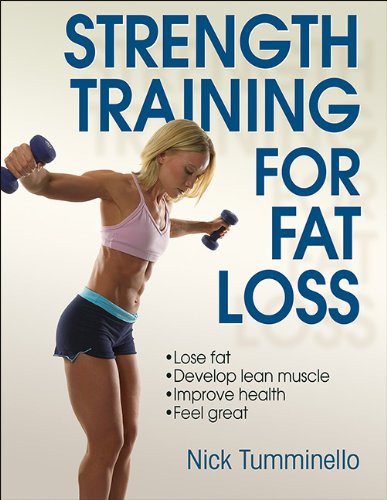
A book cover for Strength Training for Fat Loss; Nick Tumminello; Health, Fitness & Dieting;